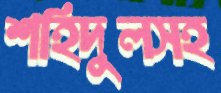
শহিদুলসহ